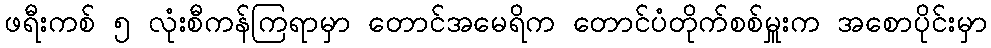
ဖရီးကစ် ၅ လုံးစီကန်ကြရာမှာ တောင်အမေရိက တောင်ပံတိုက်စစ်မှူးက အစောပိုင်းမှာ